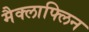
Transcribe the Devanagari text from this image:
मैक्लाफ्लिन